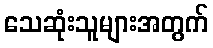
သေဆုံးသူများအတွက်